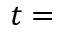
t =